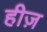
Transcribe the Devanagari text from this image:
हीज़